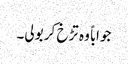
جواباً وہ تڑخ کر بولی۔